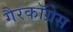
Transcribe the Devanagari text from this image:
गैरकॉग्रेस